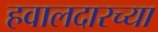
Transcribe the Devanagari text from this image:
हवालदारच्या